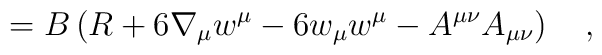
=B\left(R+6\nabla_\mu w^\mu-6w_\mu w^\mu-A^{\mu\nu}A_{\mu\nu}\right)~~~,